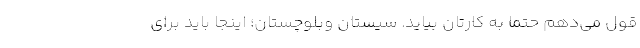
قول می‌دهم حتماً به کارتان بیاید. سیستان وبلوچستان؛ اینجا باید برای